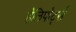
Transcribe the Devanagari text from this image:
हेलिपोर्ट्स